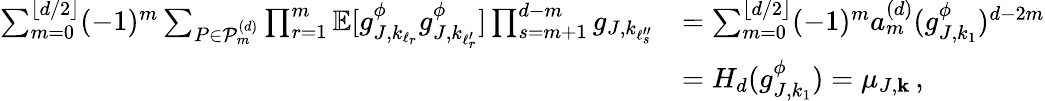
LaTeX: \begin{array}{rl}{\sum_{m=0}^{\lfloor d/2\rfloor}(-1)^{m}\sum_{P\in\mathcal{P}_{m}^{(d)}}\prod_{r=1}^{m}\mathbb{E}[g_{J,k_{\ell_{r}}}^{\phi}g_{J,k_{\ell_{r}^{\prime}}}^{\phi}]\prod_{s=m+1}^{d-m}g_{J,k_{\ell_{s}^{\prime\prime}}}}&{=\sum_{m=0}^{\lfloor d/2\rfloor}(-1)^{m}a_{m}^{(d)}(g_{J,k_{1}}^{\phi})^{d-2m}}\\ &{=H_{d}(g_{J,k_{1}}^{\phi})=\mu_{J,\mathbf{k}}\, ,}\end{array}